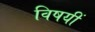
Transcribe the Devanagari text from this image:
विषयीं